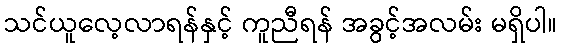
သင်ယူလေ့လာရန်နှင့် ကူညီရန် အခွင့်အလမ်း မရှိပါ။